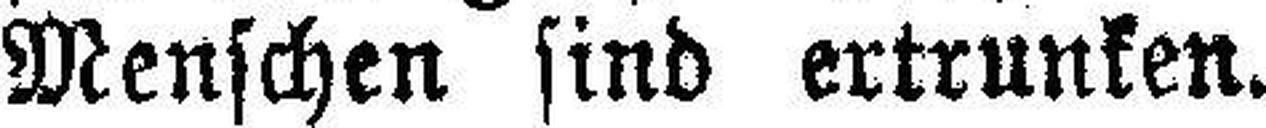
Menschen sind ertrunken.